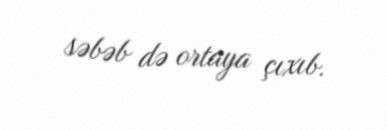
səbəb də ortaya çıxıb.